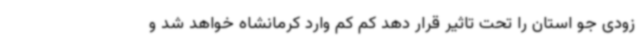
زودی جو استان را تحت تاثیر قرار دهد کم کم وارد کرمانشاه خواهد شد و